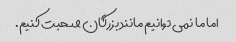
اما ما نمی توانیم مانند بزرگان صحبت کنیم.